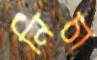
নিচা